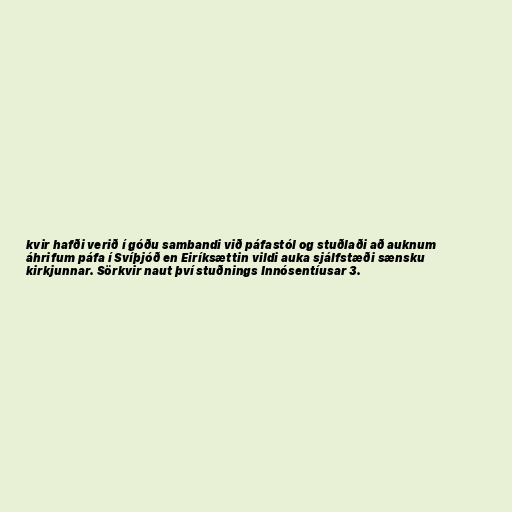
kvir hafði verið í góðu sambandi við páfastól og stuðlaði að auknum
áhrifum páfa í Svíþjóð en Eiríksættin vildi auka sjálfstæði sænsku
kirkjunnar. Sörkvir naut því stuðnings Innósentíusar 3.